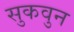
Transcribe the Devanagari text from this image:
सुकवुन